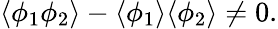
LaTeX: \langle\phi_{1}\phi_{2}\rangle-\langle\phi_{1}\rangle\langle\phi_{2}\rangle\neq 0.